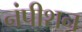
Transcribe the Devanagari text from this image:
नंपीशन